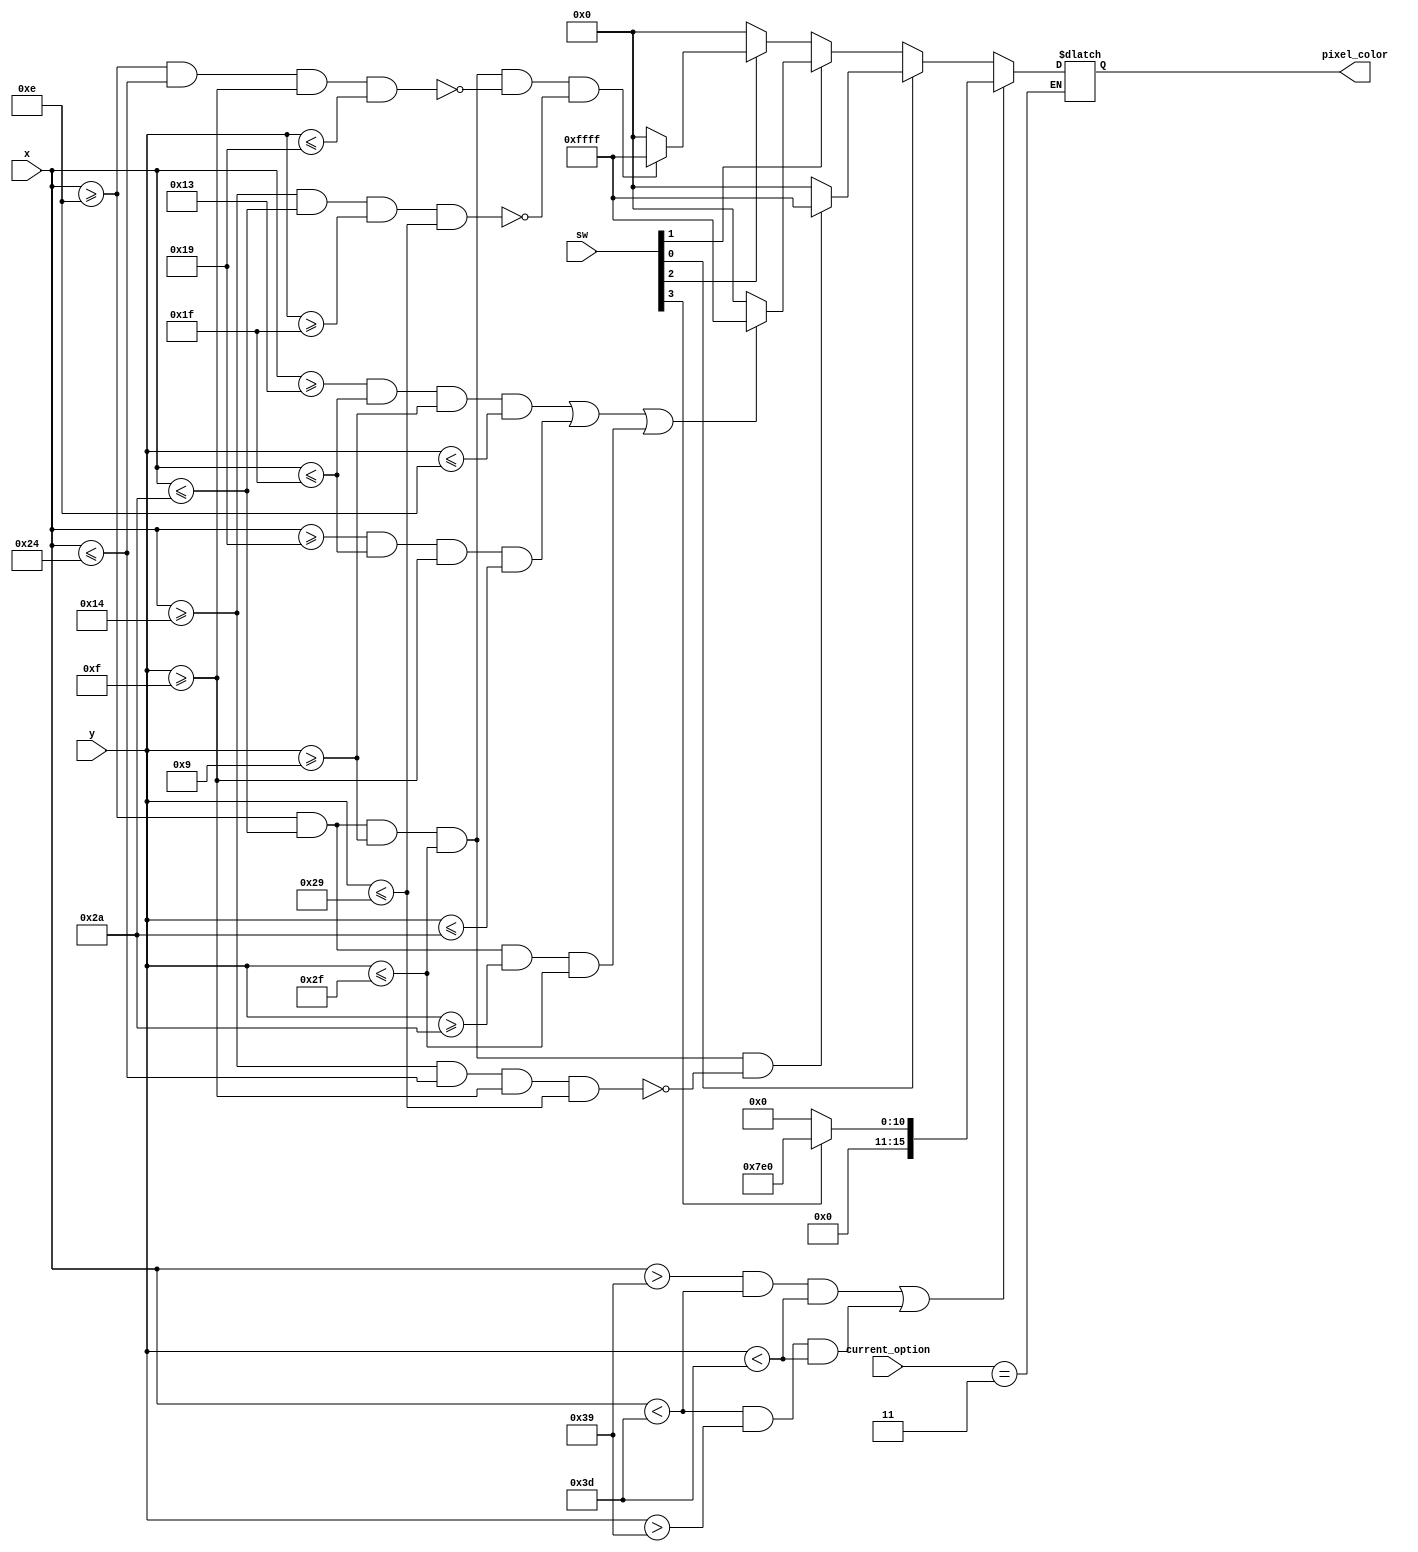
`timescale 1ns / 1ps
//////////////////////////////////////////////////////////////////////////////////
// Company: 
// Engineer: 
// 
// Design Name: 
// Module Name: oled_indiv_task
// Project Name: 
// Target Devices: 
// Tool Versions: 
// Description: 
// 
// Dependencies: 
// 
// Revision:
// Revision 0.01 - File Created
// Additional Comments:
// 
//////////////////////////////////////////////////////////////////////////////////


module oled_indiv_task (input [7:0] x, y, input [3:0] sw, input [2:0] current_option, output reg [15:0] pixel_color);
    parameter [15:0] green = 16'h07E0;
    parameter [15:0] black = 16'h0000;
    parameter [15:0] white = 16'hFFFF;
    
    //boolean for display, OR (||) to combine, AND (&&!) unselect within selected area
    wire lines, zero, one, two;
    assign lines = ( (x > 57 && x < 61 && y < 61) || (x < 61 && y > 57 && y < 61) );
    assign zero = ( (x >= 14 && x <= 42 && y >= 9 && y <= 47) && !(x >= 20 && x <= 36 && y >= 15 && y <= 41) );
    assign one = ( (x >= 19 && x <= 31 && y >= 9 && y <= 14) || (x >= 25 && x <= 31 && y >= 15 && y <= 42) || (x >= 14 && x <= 42 && y >= 42 && y <= 47) );
    assign two = ( (x >= 14 && x <= 42 && y >= 9 && y <= 47) && !(x >= 14 && x <= 36 && y >= 15 && y <= 25) && !(x >= 20 && x <= 42 && y >= 31 && y <= 41) );
    
    always @ (x,y) begin
        if (current_option == 3) begin            
            if (sw[0])
                pixel_color = zero ? white : black;
            else if (sw[1])
                pixel_color = one ? white : black;
            else if (sw[2])
                pixel_color = two ? white : black;
            else            
                pixel_color = black;
                
            if (lines) pixel_color = sw[3] ? green : black;
        end     
    end
endmodule